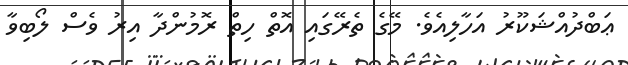
ޢަބްދުއްޝަކޫރު އަހާލިއެވެ. މޭގެ ތެރޭގައި އޮތް ހިތް ރޮމުންދާ އިރު ވެސް ލޯބިވާ